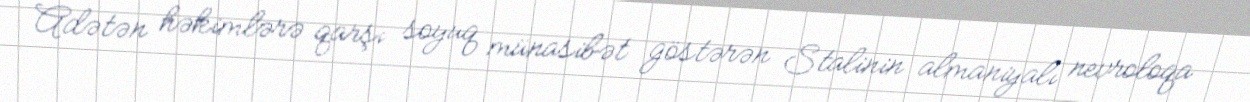
Adətən həkimlərə qarşı soyuq münasibət göstərən Stalinin almaniyalı nevroloqa